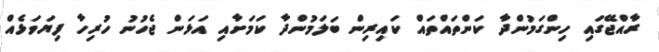
ރާއްޖޭގައި ހިންގަމުންދާ ކަންތައްތައް ކައިރިން ބަލަމުންދާ ކަމަށާއި އަޅަން ޖެހުނު ހުރިހާ ފިޔަވަޅެއް